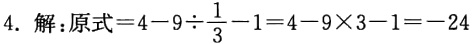
4. 解：原式\(=4 - 9\div\frac{1}{3}-1 = 4 - 9\times3 - 1=-24\)